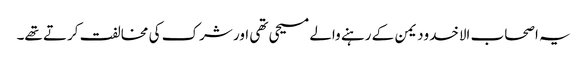
یہ اصحاب الاخدودیمن کے رہنے والے مسیحی تھی اور شرک کی مخالفت کرتے تھے۔